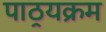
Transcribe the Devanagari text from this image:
पाठ्रयक्रम